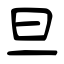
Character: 旦